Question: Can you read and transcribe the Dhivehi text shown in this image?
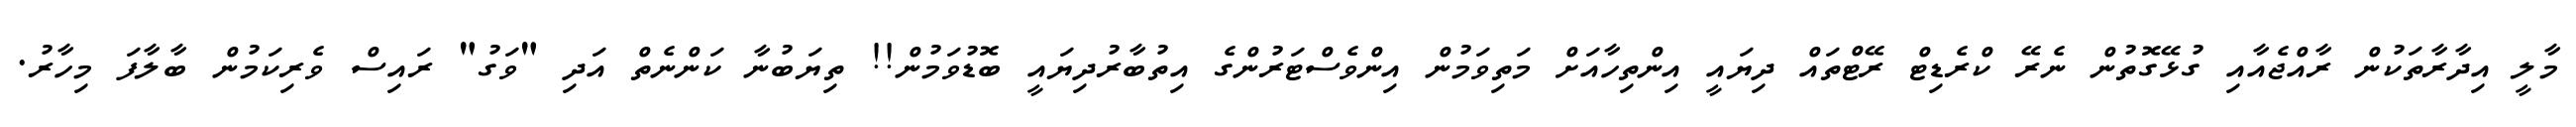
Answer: މާލީ އިދާރާތަކުން ރާއްޖެއާއި ގުޅޭގޮތުން ނެރޭ ކްރެޑިޓް ރޭޓްތައް ދިޔައީ އިންތިހާއަށް މަތިވަމުން އިންވެސްޓަރުންގެ އިތުބާރުދިޔައީ ބޮޑުވަމުން!! ތިޔަބުނާ ކަންނެތް އަދި "ވަގު" ރައިސް ވެރިކަމުން ބާލާފަ މިހާރު.